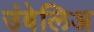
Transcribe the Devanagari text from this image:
उंबेलिअ